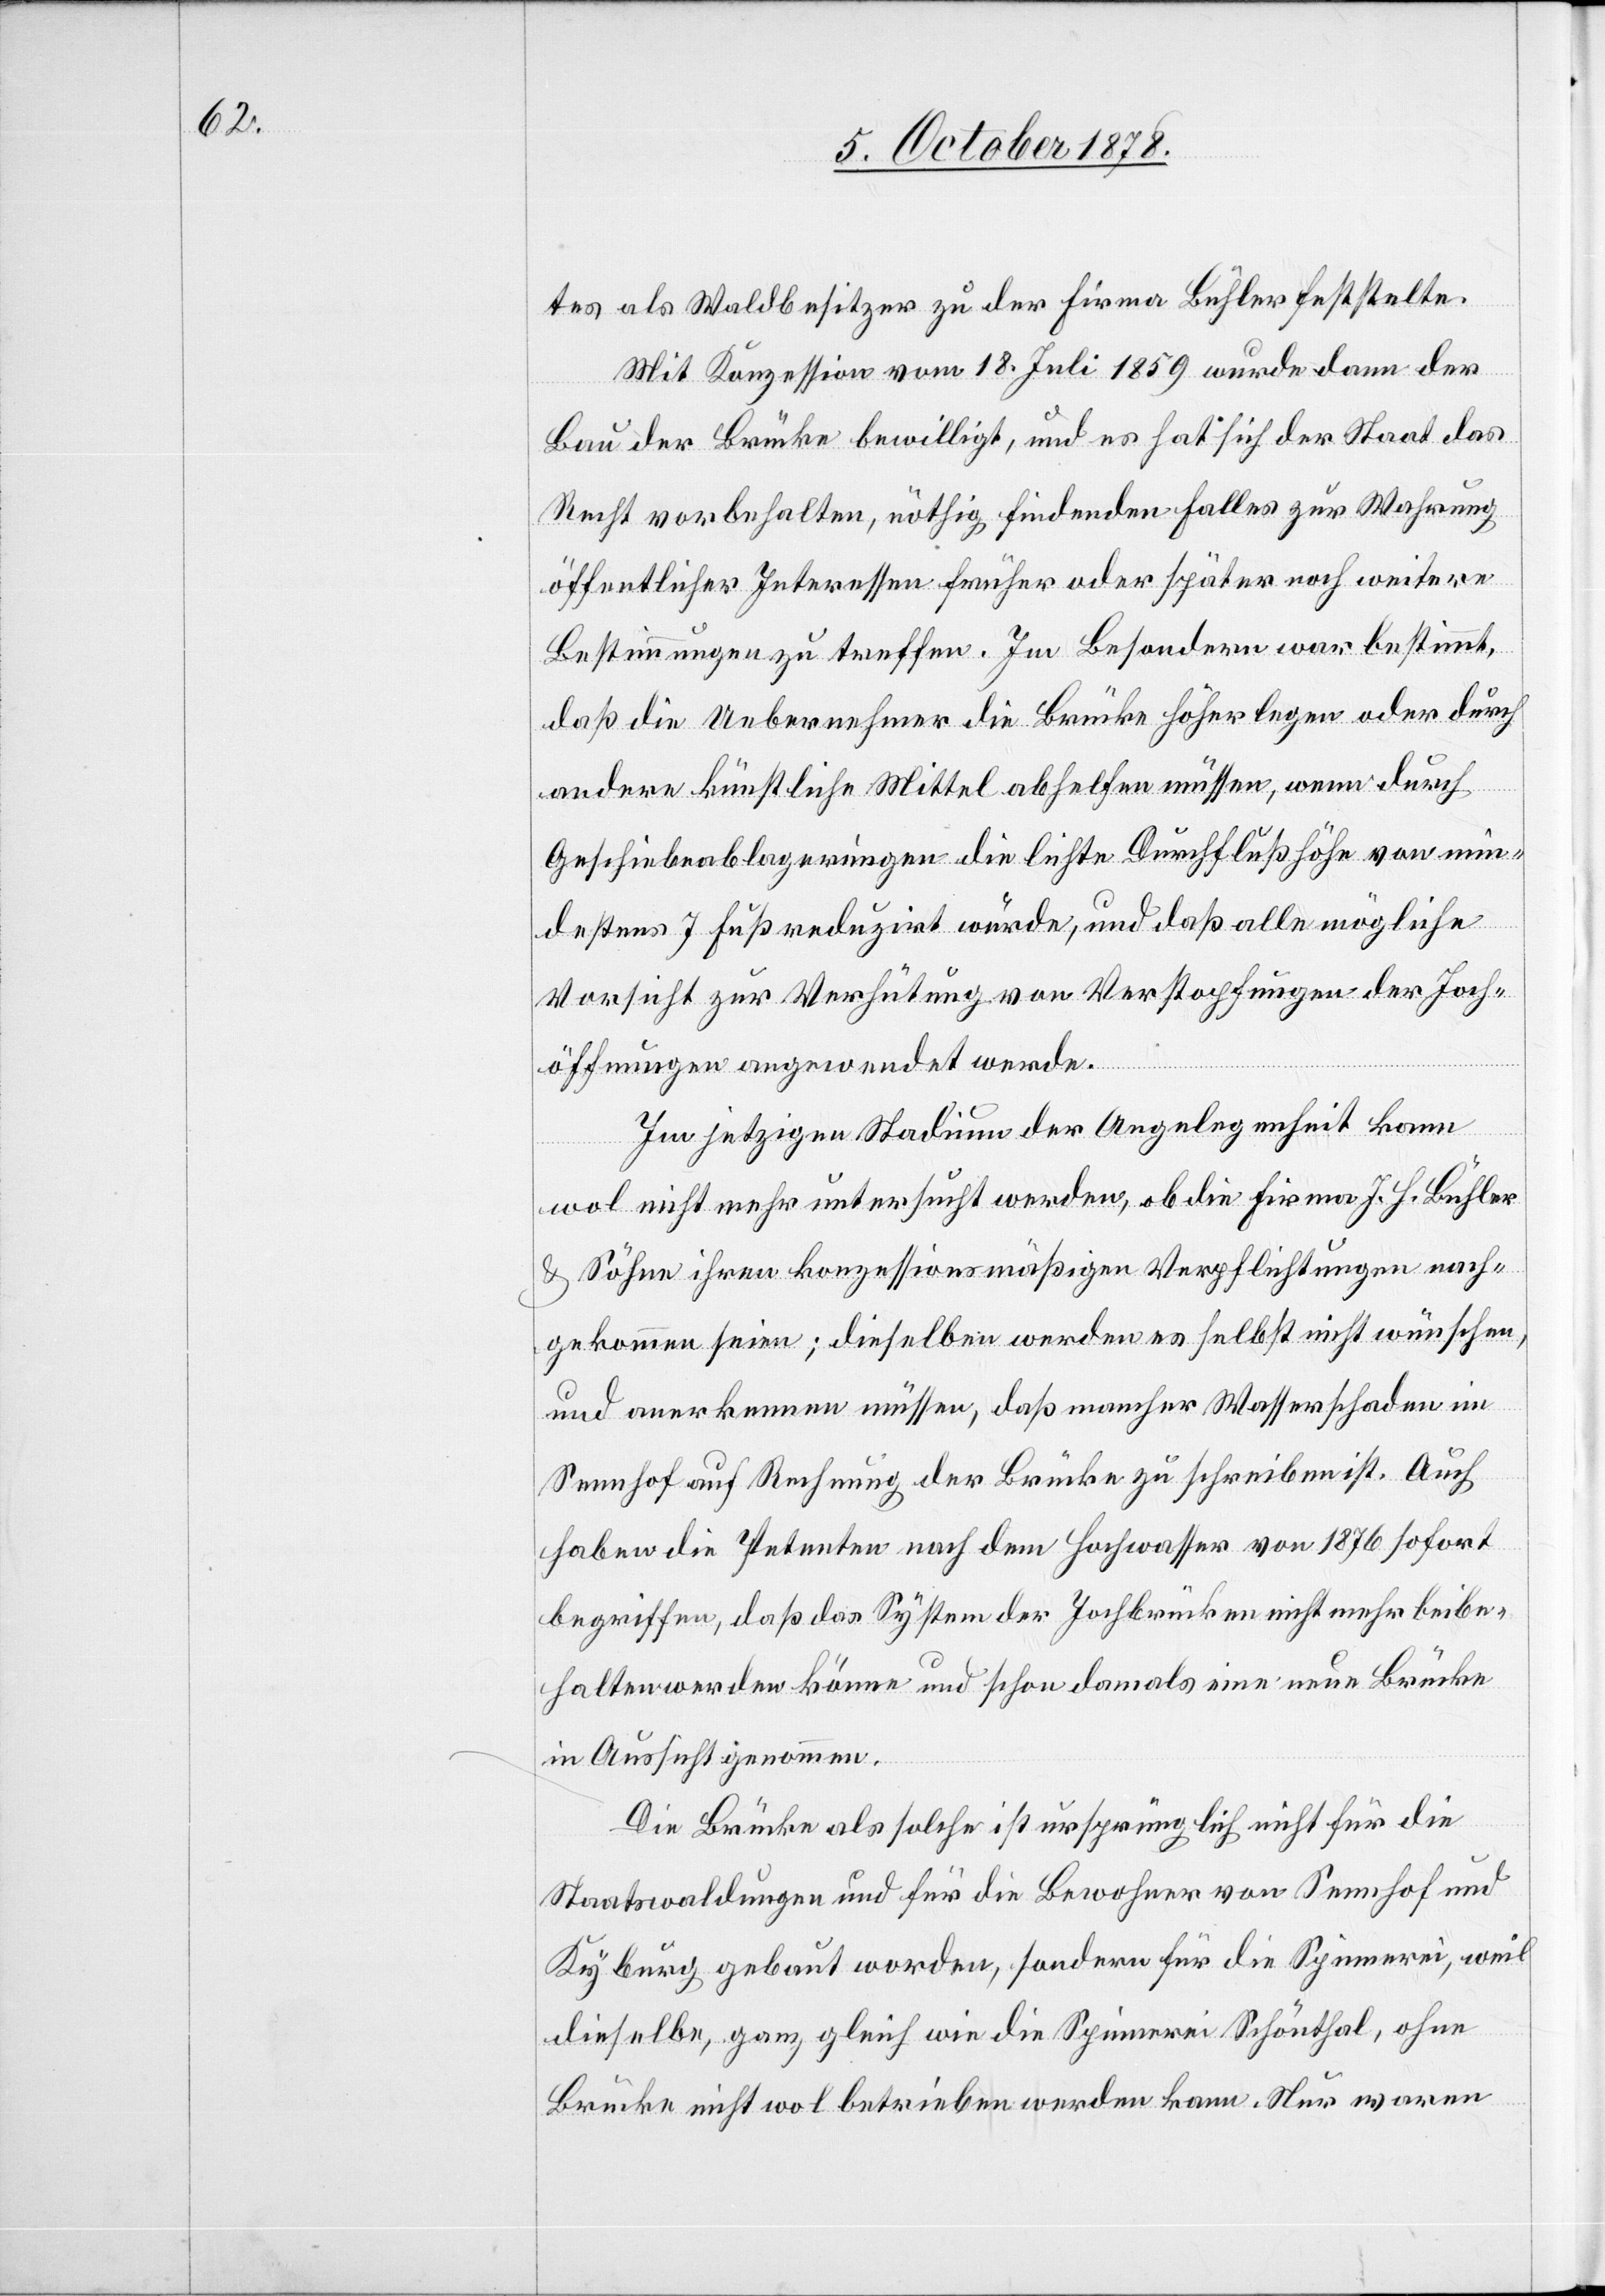
tes als Waldbesitzer zu der Firma Bühler feststel[l]te.
Mit Konzession vom 18. Juli 1859 wurde dann der
Bau der Brücke bewilligt, und es hat sich der Staat das
Recht vorbehalten, nöthig findenden Falles zur Wahrung
öffentlicher Interessen früher oder später noch weitere
Bestimmungen zu treffen. Im Besondern war bestimmt,
daß die Uebernehmer die Brücke höher legen oder durch
andere künstliche Mittel abhelfen müssen, wenn durch
Geschiebeablagerungen die leichte Durchflußhöhe von min¬
destens 7 Fuß reduzirt würde, und daß alle mögliche
Vorsicht zur Verhütung von Verstopfungen der Joch¬
öffnungen angewendet werde.
Im jetzigen Stadium der Angelegenheit kann
wol nicht mehr untersucht werden, ob die Firma J. H. Bühler
& Söhne ihren konzessionsmäßigen Verpflichtungen nach¬
gekommen seien; dieselben werden es selbst nicht wünschen,
und anerkennen müssen, daß mancher Wasserschaden im
Sennhof auf Rechnung der Brücke zu schreiben ist. Auch
haben die Petenten nach dem Hochwasser von 1876 sofort
begriffen, daß das System der Jochbrücken nicht mehr beibe¬
halten werden könne und schon damals eine neue Brücke
in Aussicht genommen.
Die Brücke als solche ist ursprünglich nicht für die
Staatswaldungen und für die Bewohner von Sennhof und
Kyburg gebaut worden, sondern für die Spinnerei, weil
dieselbe, ganz gleich wie die Spinnerei Schönthal, ohne
Brücke nicht wol betrieben werden kann. Nur waren